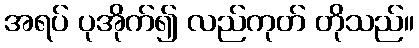
အရပ် ပုအိုက်၍ လည်ကုတ် တိုသည်။